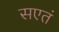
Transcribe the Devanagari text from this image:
सएतं